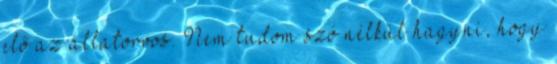
elő az állatorvos. Nem tudom szó nélkül hagyni, hogy